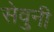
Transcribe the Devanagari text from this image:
सेवुनी